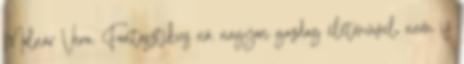
Molnár Vera. Fantasztikus nő, nagyon gazdag életművel, nem is